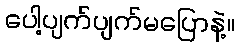
ပေါ့ပျက်ပျက်မပြောနဲ့။